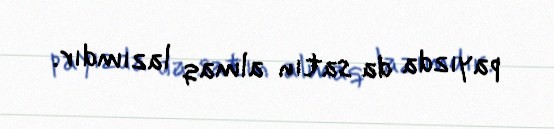
payızda da satın almaq lazımdır.